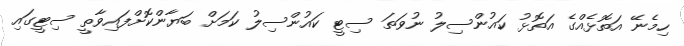
ހިމެނޭ އަތޮޅެއްގެ އަތޮޅު ކައުންސިލު ނުވަތަ ސިޓީ ކައުންސިލު ކަމަށް ބަޔާންކޮށްފައިވާތީ ސިޓީގައި